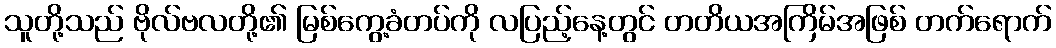
သူတို့သည် ဗိုလ်ဗလတို့၏ မြစ်ကွေ့ခံတပ်ကို လပြည့်နေ့တွင် တတိယအကြိမ်အဖြစ် တက်ရောက်